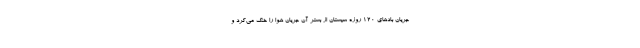
جریان بادهای ۱۲۰ روزه سیستان از بستر آن جریان هوا را خنک می‌کرد و